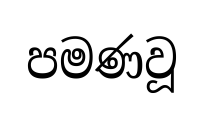
පමණවූ